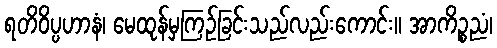
ရတိဝိပ္ပဟာနံ၊ မေထုန်မှကြဉ်ခြင်းသည်လည်းကောင်း။ အာကိဉ္စညံ၊